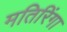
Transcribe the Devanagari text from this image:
मतिरिंगा